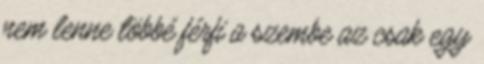
nem lenne többé férfi a szembe az csak egy